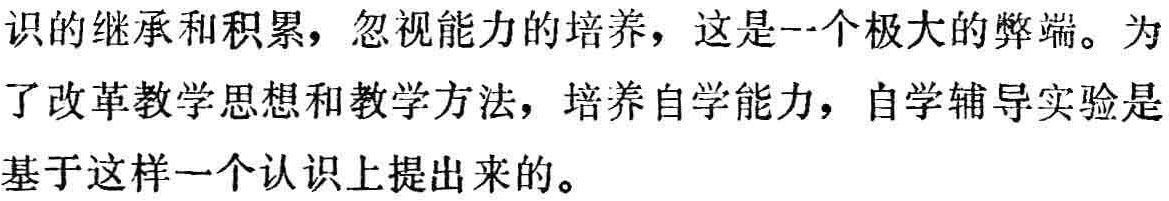
识的继承和积累，忽视能力的培养，这是一个极大的弊端。为了改革教学思想和教学方法，培养自学能力，自学辅导实验是基于这样一个认识上提出来的。